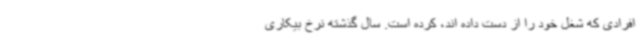
افرادی که شغل خود را از دست داده اند، کرده است. سال گذشته نرخ بیکاری